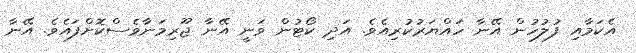
އެކަމާއި ފުލުހުން އޭނާ ހައްޔަރުކުރިއެވެ. އަދި ކޯޓުން ވަނީ އޭނާ ޖޫރިމަނާވެސްކޮށްފައެވެ. އޭނާ